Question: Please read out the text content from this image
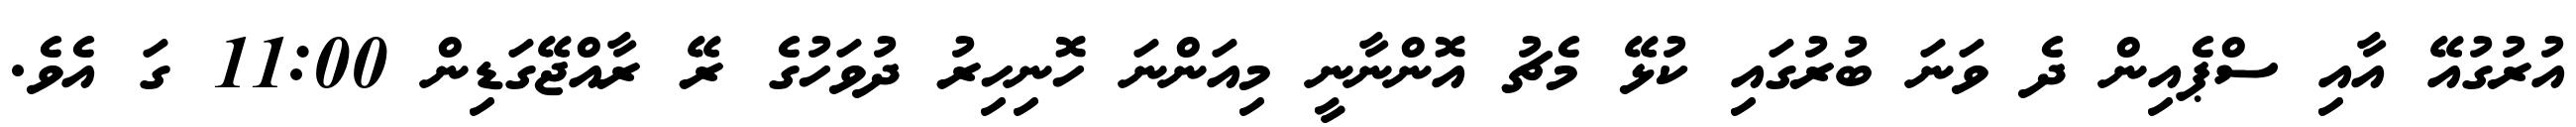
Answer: އުރުގުއޭ އާއި ސްޕެއިން ދެ ވަނަ ބުރުގައި ކުޅޭ މެޗު އޮންނާނީ މިއަންނަ ހޮނިހިރު ދުވަހުގެ ރޭ ރާއްޖޭގަޑިން 11:00 ގަ އެވެ.